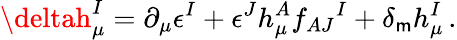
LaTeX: \deltah_{\mu}^{I}=\partial_{\mu}\epsilon^{I}+\epsilon^{J}h_{\mu}^{A}f_{AJ}{}^{I}+\delta_{\mathsf{m}}h_{\mu}^{I}\, .